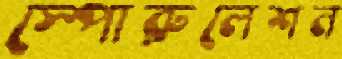
স্পোরুলেশন